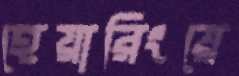
হেয়ারিংয়ে